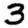
Digit: 3